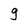
Character: g